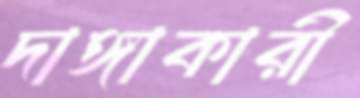
দাঙ্গাকারী